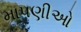
માપણીઓ